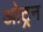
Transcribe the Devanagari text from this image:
ओट्रन